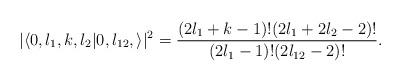
LaTeX: \begin{align*} |\langle 0,l_1,k,l_2 | 0,l_{12}, \rangle|^2 &= \frac{(2l_1 + k -1)!(2l_1 + 2l_2 -2)!}{(2l_1 -1)!(2l_{12} - 2)!} .\end{align*}